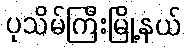
ပုသိမ်ကြီးမြို့နယ်